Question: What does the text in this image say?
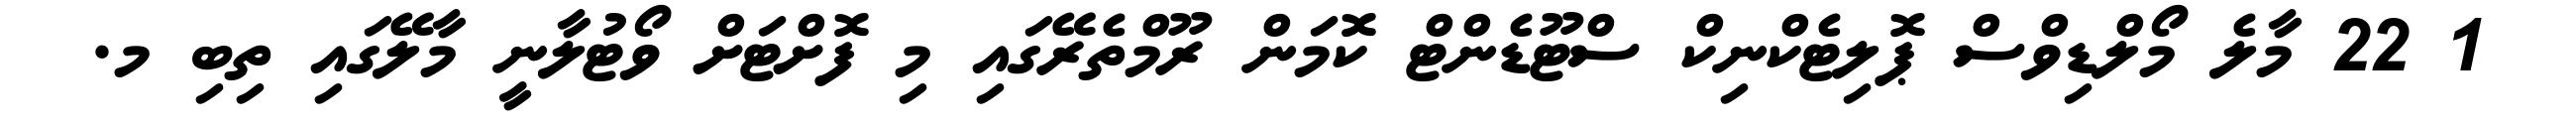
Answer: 1 22 މާލެ މޯލްޑިވްސް ޕޮލިޓެކްނިކް ސްޓޫޑެންޓް ކޮމަން ރޫމްތެރޭގައި މި ފޮށްޓަށް ވޯޓުލާނީ މާލޭގައި ތިބި މ.